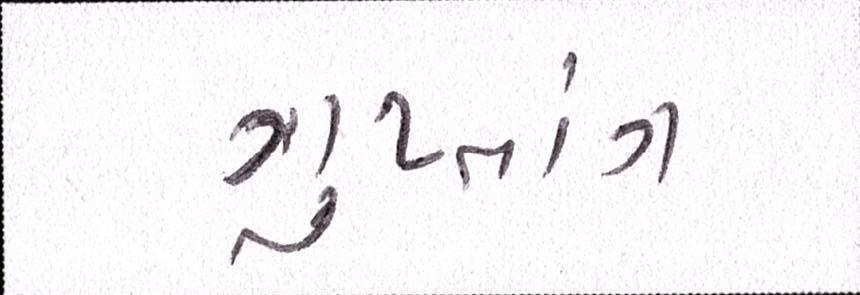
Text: ગુપ્તાંગ